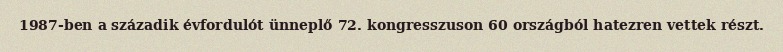
1987-ben a századik évfordulót ünneplő 72. kongresszuson 60 országból hatezren vettek részt.